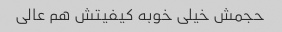
حجمش خیلی خوبه کیفیتش هم عالی